Annual report of the Punjab Veterinary College and of the Civil Veterinary Department, Punjab - 1894-1908
Year: 1894
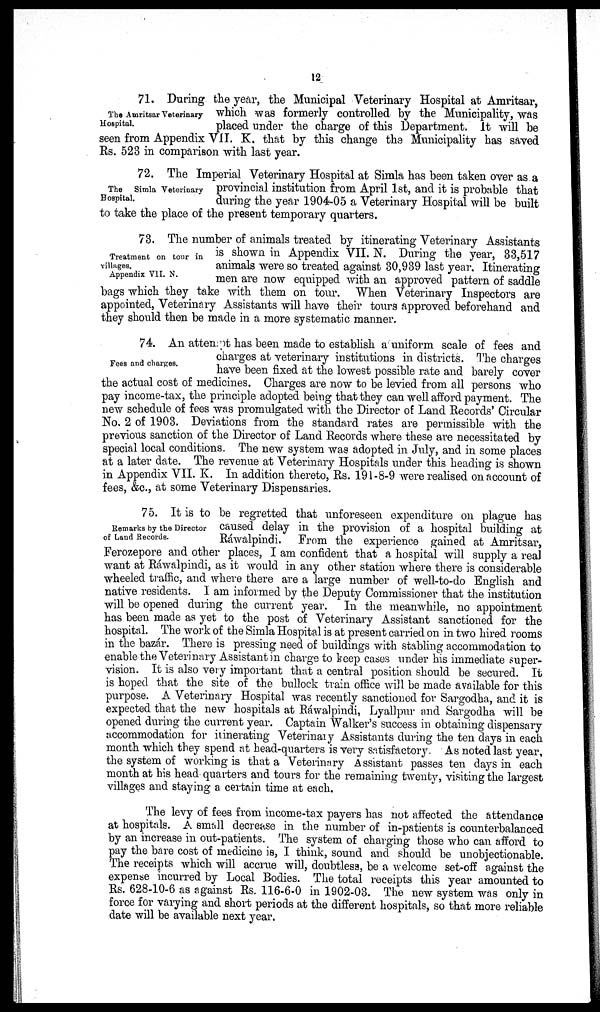
12
The Amritsar Veterinary-
Hospital.
71. During the year, the Municipal Veterinary Hospital at Amritsar,
which was formerly controlled by the Municipality, was
placed under the charge of this Department. It will be
seen from Appendix VII. K. that by this change the Municipality has saved
Rs. 523 in comparison with last year.
The
Simla Veterinary
Hospital.
72. The Imperial Veterinary Hospital at Simla has been taken over as a
provincial institution from April 1st, and it is probable that
during the year 1904-05 a Veterinary Hospital will be built
to take the place of the present temporary quarters.
Treatment on tour in
villages.
Appendix VII. N.
73. The number of animals treated by itinerating Veterinary Assistants
is shown in Appendix VII. N. During the year, 33,517
animals were so treated against 30,939 last year. Itinerating
men are now equipped with an approved pattern of saddle
bags which they take with them on tour. When Veterinary Inspectors are
appointed, Veterinary Assistants will have their tours approved beforehand and
they should then be made in a more systematic manner.
Fees and charges.
74. An attempt has been made to establish a uniform scale of fees and
charges at veterinary institutions in districts. The charges
have been fixed at the lowest possible rate and barely cover
the actual cost of medicines. Charges are now to be levied from all persons who
pay income-tax, the principle adopted being that they can well afford payment. The
new schedule of fees was promulgated with the Director of Land Records' Circular
No. 2 of 1903. Deviations from the standard rates are permissible with the
previous sanction of the Director of Land Records where these are necessitated by
special local conditions. The new system was adopted in July, and in some places
at a later date. The revenue at Veterinary Hospitals under this heading is shown
in Appendix VII. K. In addition thereto, Rs. 191-8-9 were realised on account of
fees, &c., at some Veterinary Dispensaries.
Remarks by the Director
of Land Records.
75. It is to be regretted that unforeseen expenditure on plague has
caused delay in the provision of a hospital building at
Ráwalpindi. From the experience gained at Amritsar,
Ferozepore and other places, I am confident that a hospital will supply a real
want at Ráwalpindi, as it would in any other station where there is considerable
wheeled traffic, and where there are a large number of well-to-do English and
native residents. I am informed by the Deputy Commissioner that the institution
will be opened during the current year. In the meanwhile, no appointment
has been made as yet to the post of Veterinary Assistant sanctioned for the
hospital. The work of the Simla Hospital is at present carried on in two hired rooms
in the bazár. There is pressing need of buildings with stabling accommodation to
enable the Veterinary Assistant in charge to keep cases under his immediate super-
vision. It is also very important that a central position should be secured. It
is hoped that the site of the bullock train office will be made available for this
purpose. A Veterinary Hospital was recently sanctioned for Sargodha, and it is
expected that the new hospitals at Ráwalpindi, Lyallpur and Sargodha will be
opened during the current year. Captain Walker's success in obtaining dispensary
accommodation for itinerating Veterinary Assistants during the ten days in each
month which they spend at head-quarters is very satisfactory. As noted last year,
the system of working is that a Veterinary Assistant passes ten days in each
month at his head quarters and tours for the remaining twenty, visiting the largest
villages and staying a certain time at each.
The levy of fees from income-tax payers has not affected the attendance
at hospitals. A small decrease in the number of in-patients is counterbalanced
by an increase in out-patients. The system of charging those who can afford to
pay the bare cost of medicine is, I think, sound and should be unobjectionable.
The receipts which will accrue will, doubtless, be a welcome set-off against the
expense incurred by Local Bodies. The total receipts this year amounted to
Rs. 628-10-6 as against Rs. 116-6-0 in 1902-03. The new system was only in
force for varying and short periods at the different hospitals, so that more reliable
date will be available next year.